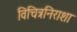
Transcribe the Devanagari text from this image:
विचित्रनिराशा